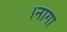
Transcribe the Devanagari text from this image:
।नागा